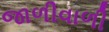
જાળીવાળી